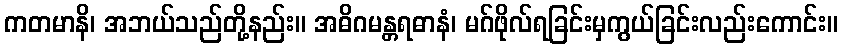
ကတမာနိ၊ အဘယ်သည်တို့နည်း။ အဓိဂမန္တရဓာနံ၊ မဂ်ဖိုလ်ရခြင်းမှကွယ်ခြင်းလည်းကောင်း။